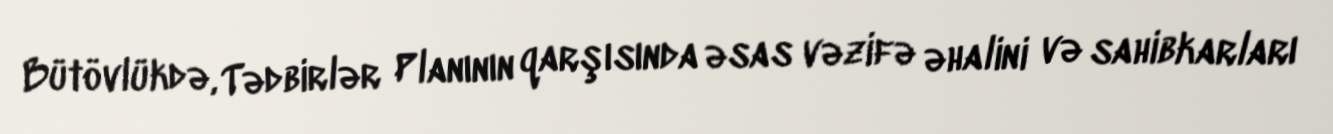
Bütövlükdə, Tədbirlər Planının qarşısında əsas vəzifə əhalini və sahibkarları